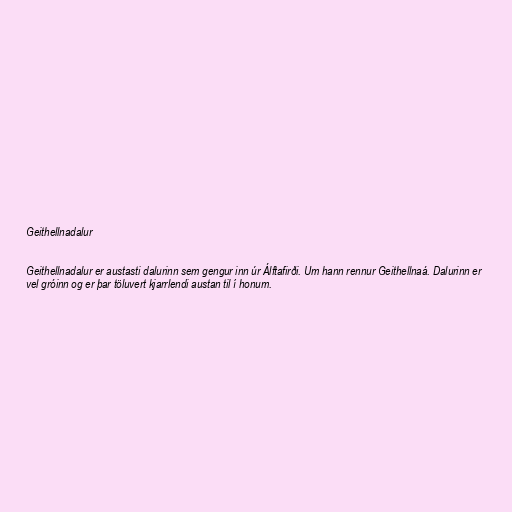
Geithellnadalur

Geithellnadalur er austasti dalurinn sem gengur inn úr Álftafirði. Um hann rennur Geithellnaá. Dalurinn er
vel gróinn og er þar töluvert kjarrlendi austan til í honum.